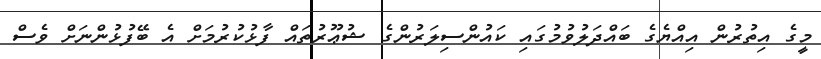
މީގެ އިތުރުން އިއްޔެގެ ބައްދަލުވުމުގައި ކައުންސިލަރުންގެ ޝުޢޫރުތައް ފާޅުކުރުމަށް އެ ބޭފުޅުންނަށް ވެސް